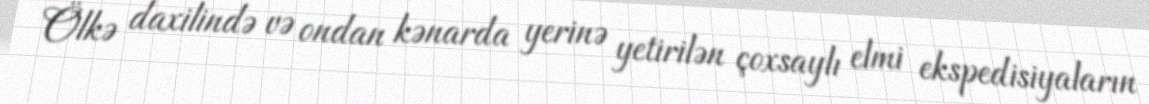
Ölkə daxilində və ondan kənarda yerinə yetirilən çoxsaylı elmi ekspedisiyaların